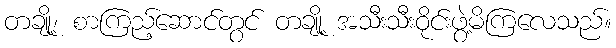
တချို့၊ စာကြည့်ဆောင်တွင် တချို့ အသီးသီးဝိုင်းဖွဲ့မိကြလေသည်။